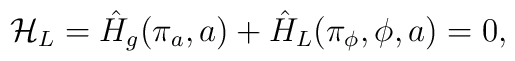
{\cal H}_L = \hat{H}_g (\pi_a, a) + \hat{H}_L (\pi_{\phi}, \phi,a) = 0,